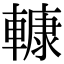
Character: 𨎍